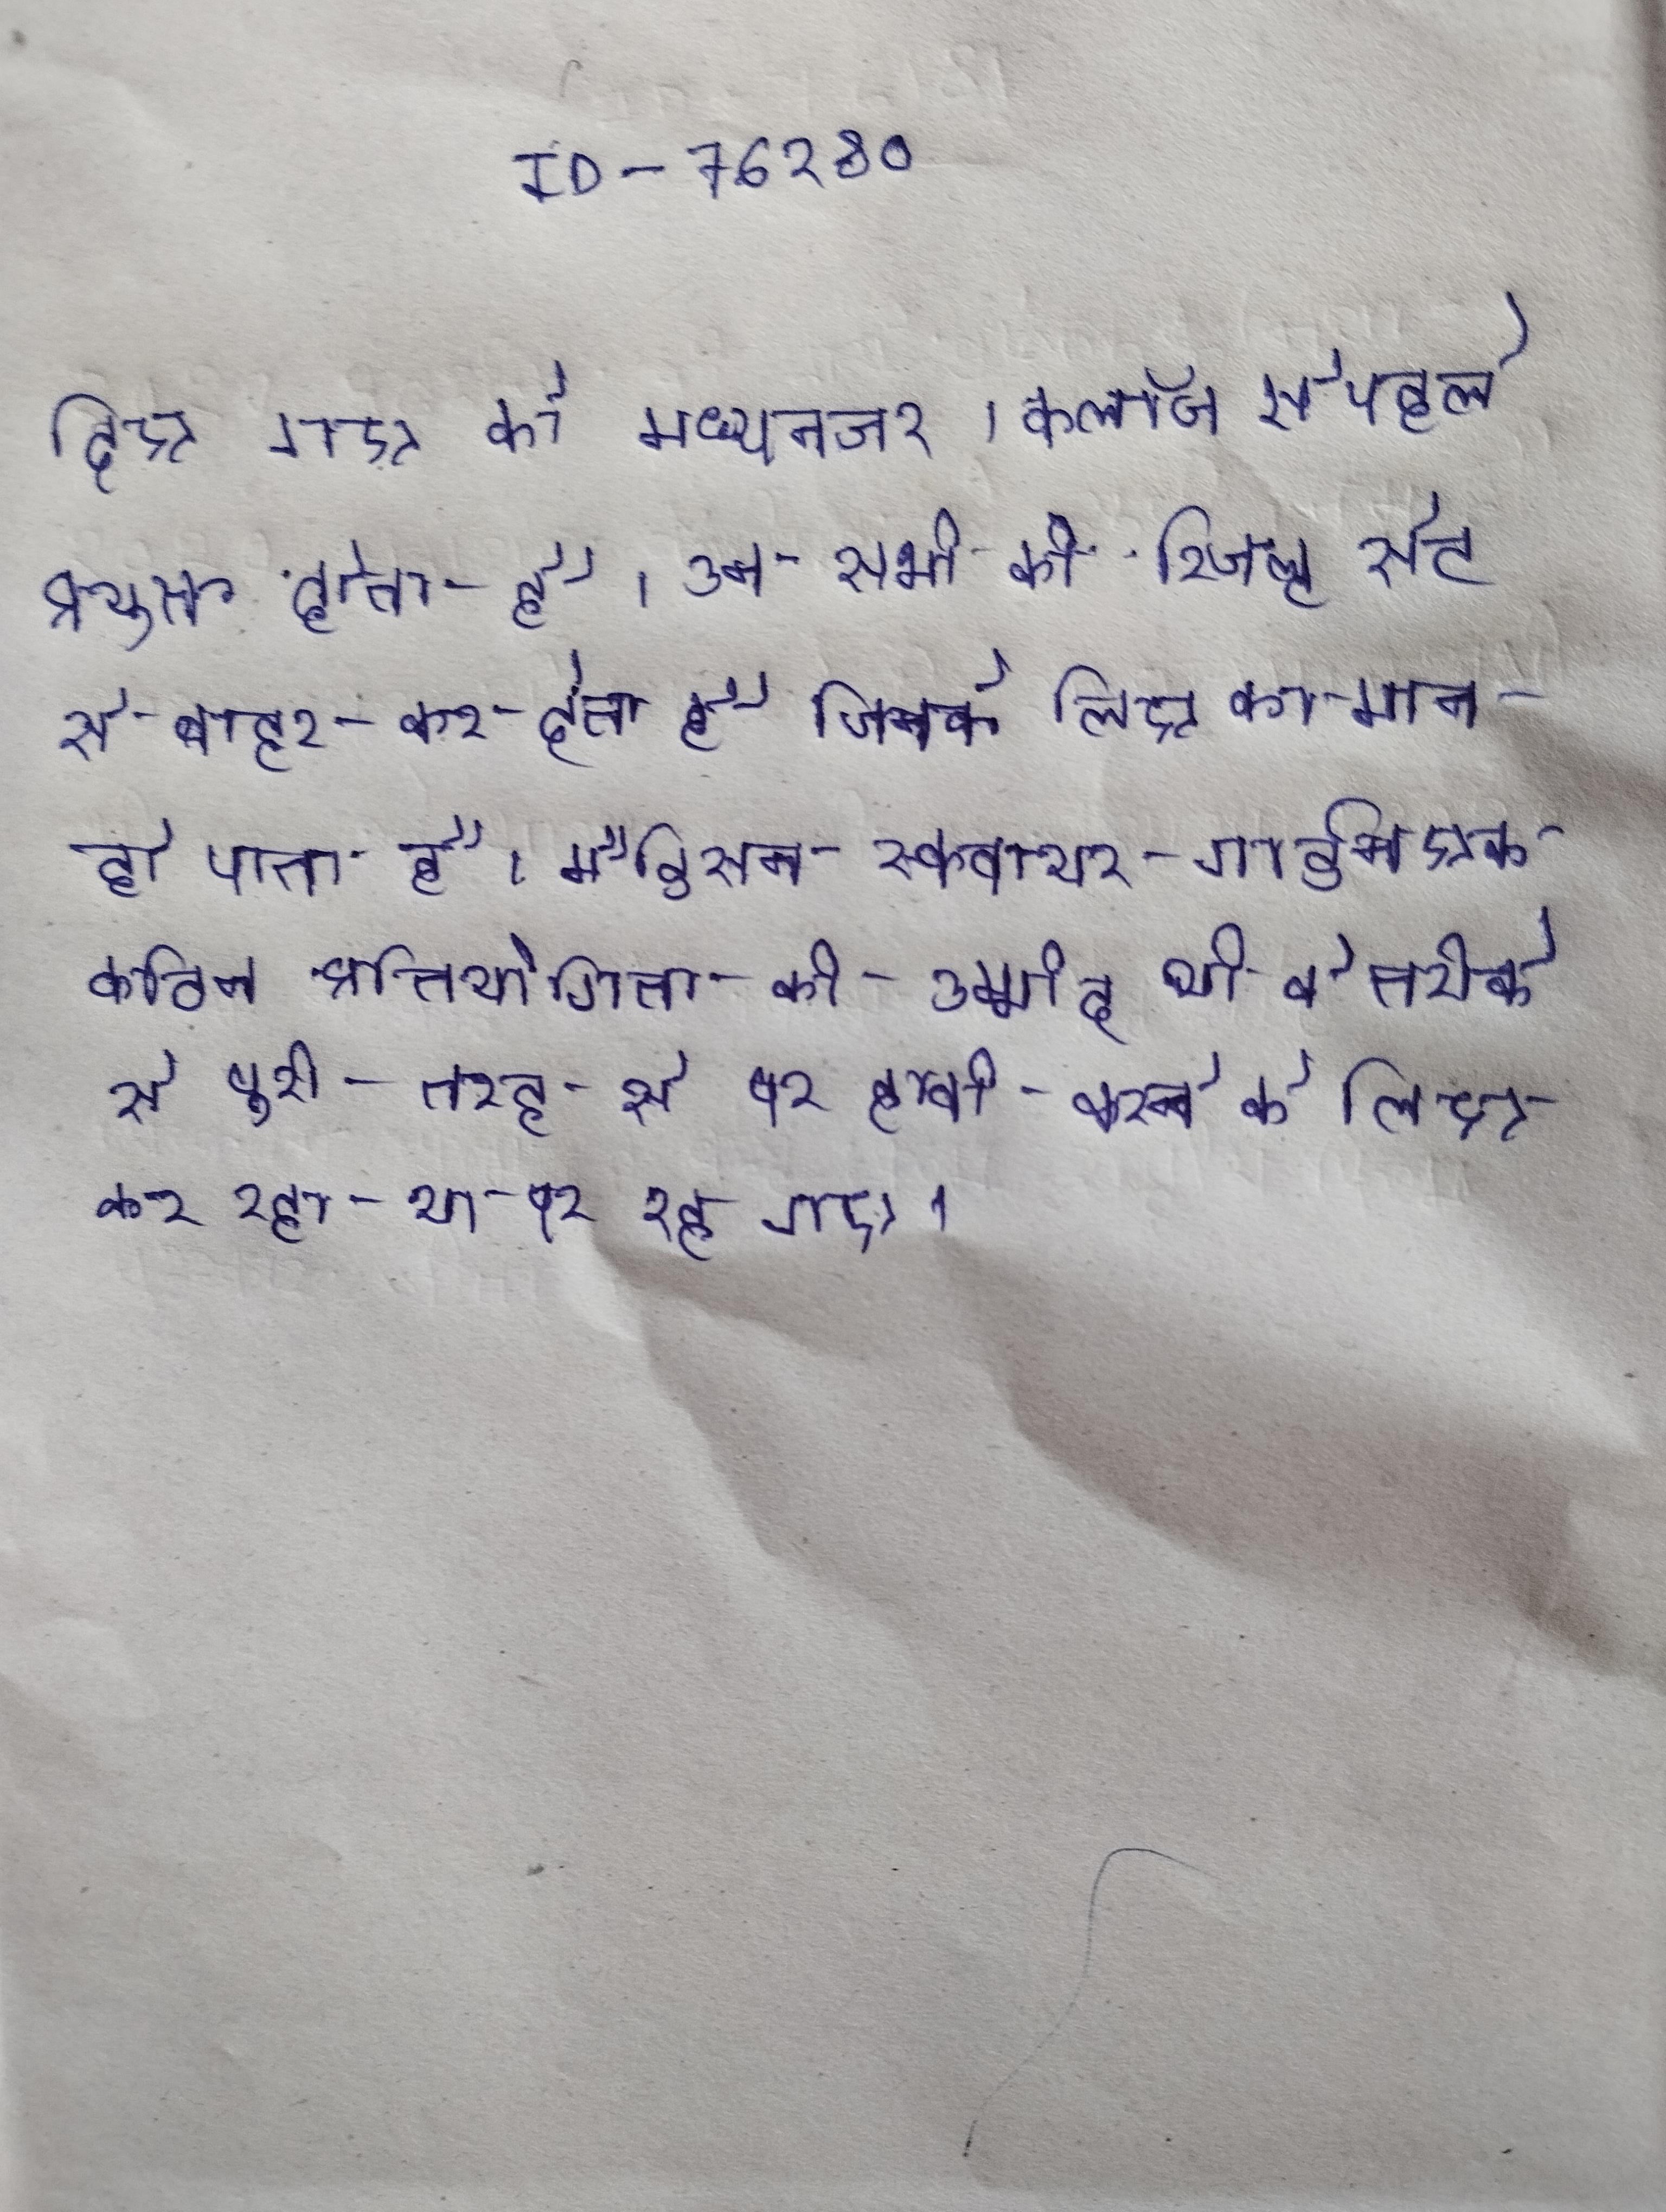
दिए गए को मध्यनजर । क्लॉज से पहले प्रयुक्त होता है । उन सभी को रिजल्ट सेट से बाहर कर देता है जिनके लिए का मान हो पाता है । मैडिसन स्क्वायर गार्डन एक कठिन प्रतियोगिता की उम्मीद थी वे तरीके से पूरी तरह से पर हावी करने के लिए कर रहा था पर रह गए ।